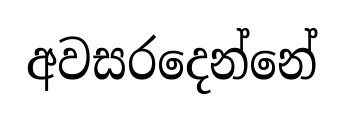
අවසරදෙන්නේ